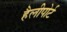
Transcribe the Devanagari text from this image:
हैलीपोर्ट